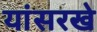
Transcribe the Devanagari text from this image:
यांसरखे